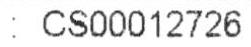
: CS00012726